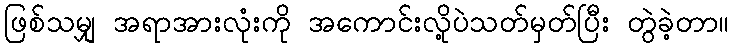
ဖြစ်သမျှ အရာအားလုံးကို အကောင်းလို့ပဲသတ်မှတ်ပြီး တွဲခဲ့တာ။